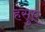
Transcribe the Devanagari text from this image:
हंसुए